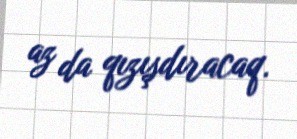
az da qızışdıracaq.